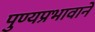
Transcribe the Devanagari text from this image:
पुण्यप्रभावाने